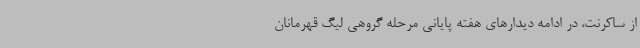
از ساکرنت، در ادامه دیدارهای هفته پایانی مرحله گروهی لیگ قهرمانان